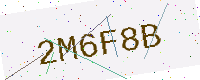
Text: 2M6F8B